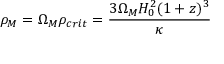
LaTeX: \rho _ { M } = \Omega _ { M } \rho _ { c r i t } = \frac { 3 \Omega _ { M } H _ { 0 } ^ { 2 } ( 1 + z ) ^ { 3 } } { \kappa }